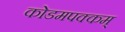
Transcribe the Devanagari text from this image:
कोडमपक्कम्